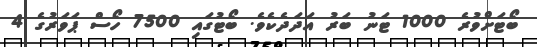
ބޯޓަށްވުރެ 1000 ޓަނު ބަރު އަދަދެކެވެ. ބޯޓުގައި 7500 ހޯސް ޕަވަރުގެ 4